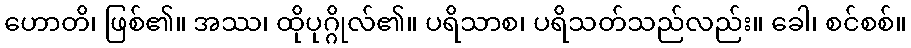
ဟောတိ၊ ဖြစ်၏။ အဿ၊ ထိုပုဂ္ဂိုလ်၏။ ပရိသာစ၊ ပရိသတ်သည်လည်း။ ခေါ၊ စင်စစ်။